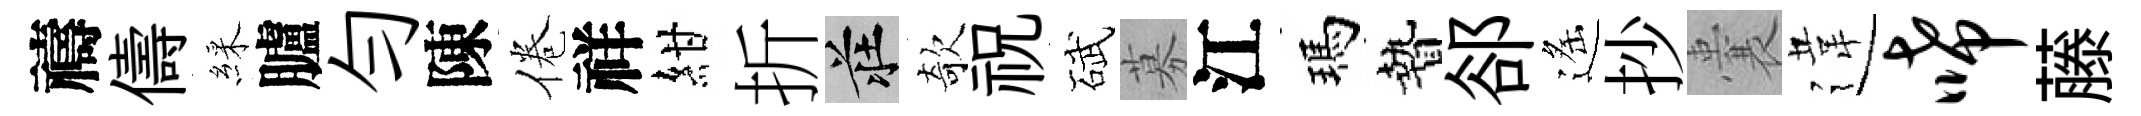
禱儔綵臚勻陳倦祥紺折莊欹祝碔募江瑪贄郤遙抄囊違唏藤